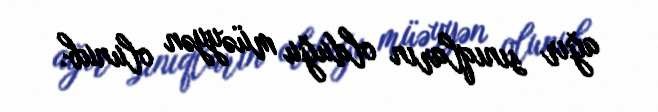
ağır sınıqların olduğu müəyyən olunub.